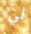
لي